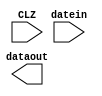
`timescale 1ns / 1ps
//////////////////////////////////////////////////////////////////////////////////
// Company: 
// Engineer: 
// 
// Design Name: 
// Module Name: clz
// Project Name: 
// Target Devices: 
// Tool Versions: 
// Description: 
// 
// Dependencies: 
// 
// Revision:
// Revision 0.01 - File Created
// Additional Comments:
// 
//////////////////////////////////////////////////////////////////////////////////


module clz(
input CLZ,
input [4:0] datein,
output [4:0] dataout
    );
    
endmodule